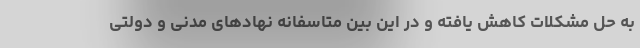
به حل مشکلات کاهش یافته و در این بین متاسفانه نهادهای مدنی و دولتی